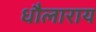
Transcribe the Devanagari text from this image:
धौलाराय